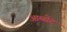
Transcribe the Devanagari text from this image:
आब्सेंट